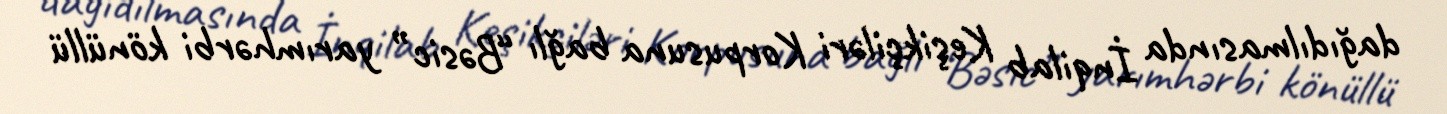
dağıdılmasında İnqilab Keşikçiləri Korpusuna bağlı “Bəsic” yarımhərbi könüllü